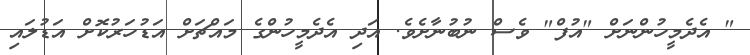
" އެދެމީހުންނަށް "އުފް" ވެސް ނުބުނާށެވެ. އަދި އެދެމީހުންގެ މައްޗަށް އަޑުހަރުކޮށް އަޑުލައި